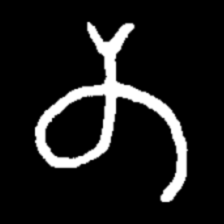
Pyu character \u2014 Myanmar letter: တ (romanized: ta)